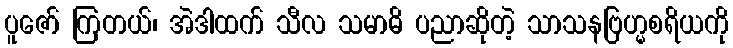
ပူဇော် ကြတယ်၊ အဲဒါထက် သီလ သမာဓိ ပညာဆိုတဲ့ သာသနဗြဟ္မစရိယကို